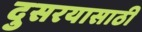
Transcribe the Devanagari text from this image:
दुसरयासाठी